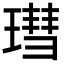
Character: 㻰